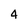
Character: 4